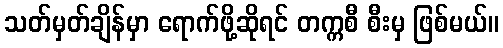
သတ်မှတ်ချိန်မှာ ရောက်ဖို့ဆိုရင် တက္ကစီ စီးမှ ဖြစ်မယ်။